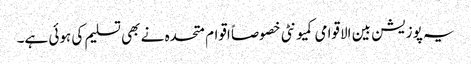
یہ پوزیشن بین الاقوامی کمیونٹی خصوصاً اقوام متحدہ نے بھی تسلیم کی ہوئی ہے۔